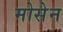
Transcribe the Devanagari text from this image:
मोसेन